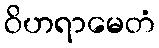
ဝိဟရာမေတံ